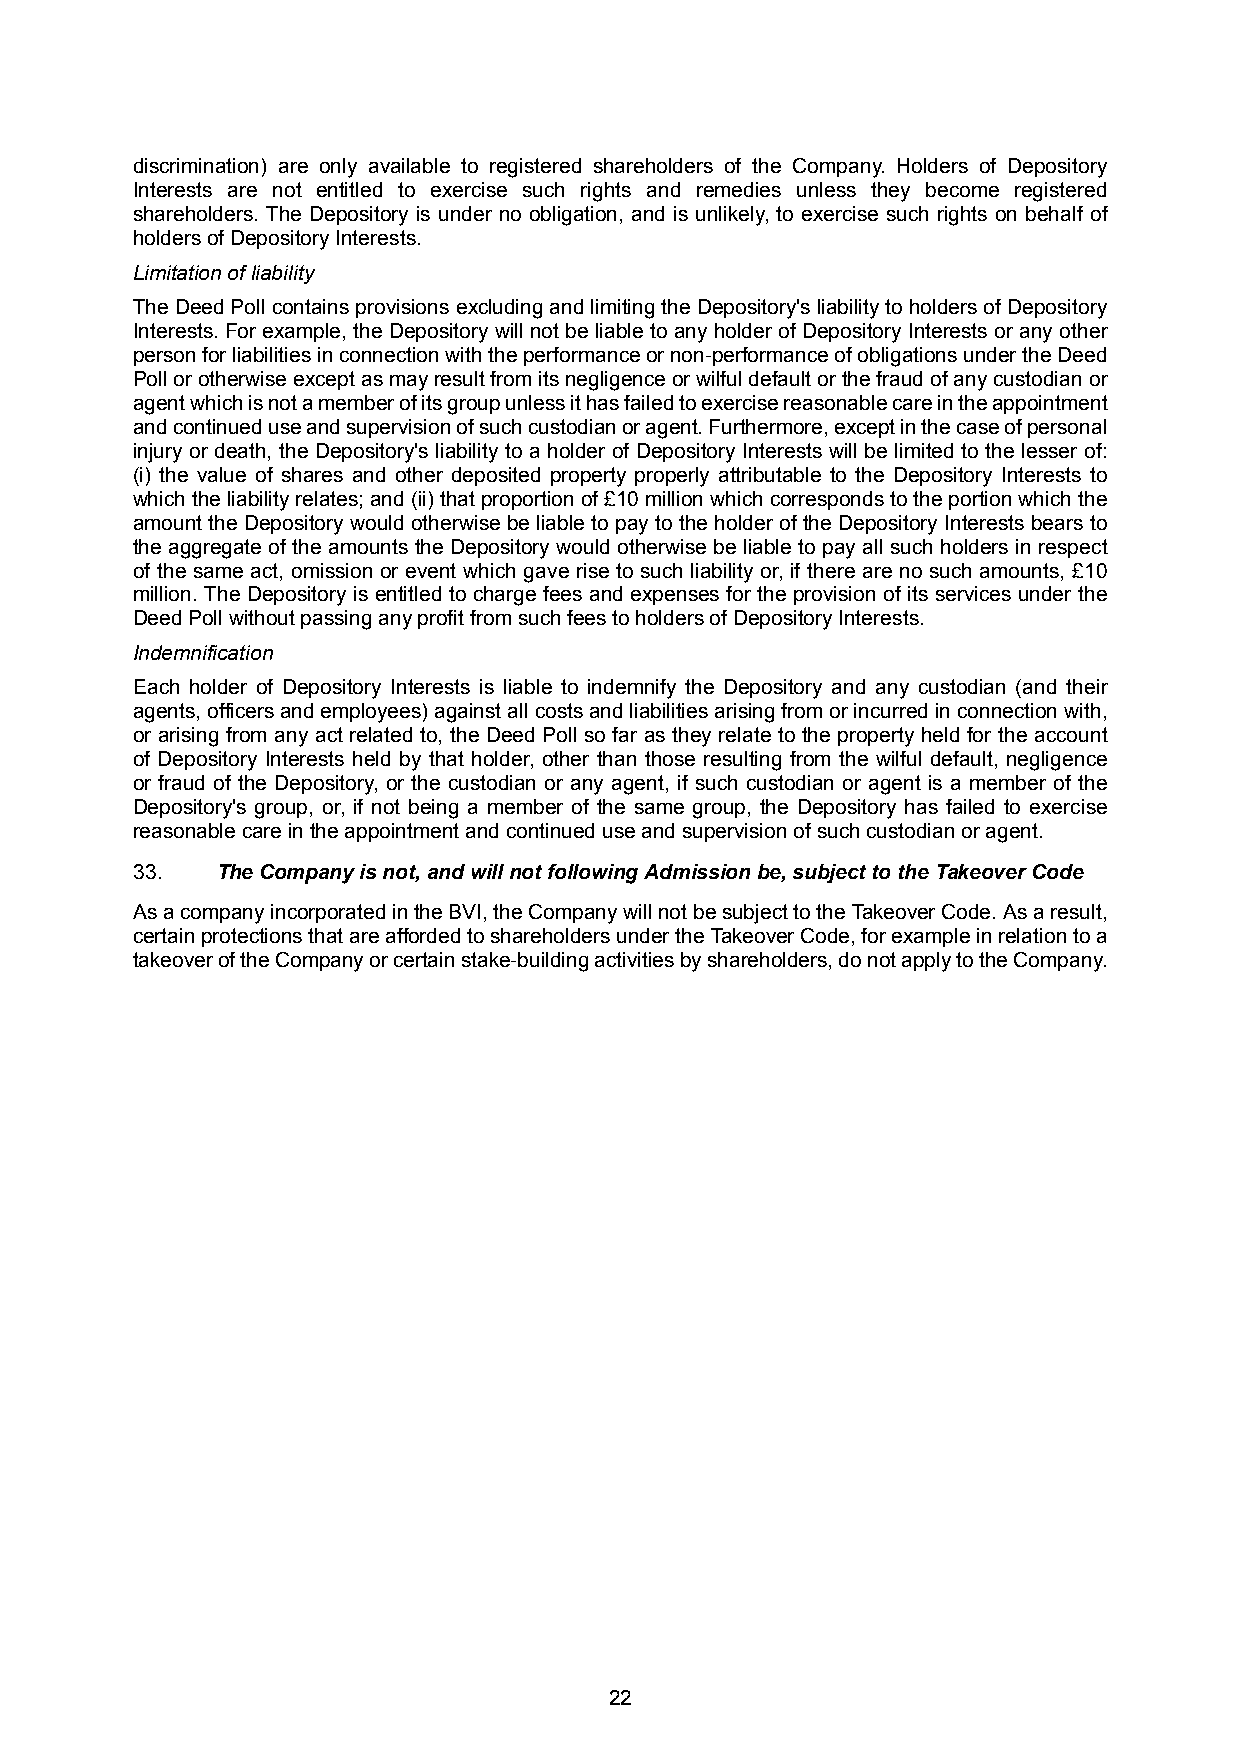
discrimination) are only available to registered shareholders of the Company. Holders of Depository
 Interests are not entitled to exercise such rights and remedies unless they become registered
 shareholders. The Depository is under no obligation, and is unlikely, to exercise such rights on behalf of
 holders of Depository Interests.
 Limitation of liability
 TheDeedPollcontainsprovisionsexcludingandlimitingtheDepository'sliabilitytoholdersofDepository
 Interests. For example, the Depository will not be liable to any holder of Depository Interests or any other
 personforliabilitiesinconnectionwiththeperformanceornon-performanceofobligationsundertheDeed
 Pollorotherwiseexceptasmayresultfromitsnegligenceorwilfuldefaultorthefraudofanycustodianor
 agentwhichisnotamemberofitsgroupunlessithasfailedtoexercisereasonablecareintheappointment
 andcontinueduseandsupervisionofsuchcustodianoragent.Furthermore,exceptinthecaseofpersonal
 injury or death, the Depository's liability to a holder of Depository Interests will be limited to the lesser of:
 (i) the value of shares and other deposited property properly attributable to the Depository Interests to
 whichtheliabilityrelates;and(ii)thatproportionof£10millionwhichcorrespondstotheportionwhichthe
 amount the Depository would otherwise be liable to pay to the holder of the Depository Interests bears to
 the aggregate of the amounts the Depository would otherwise be liable to pay all such holders in respect
 of the same act, omission or event which gave rise to such liability or, if there are no such amounts, £10
 million. The Depository is entitled to charge fees and expenses for the provision of its services under the
 Deed Poll without passing any profit from such fees to holders of Depository Interests.
 Indemnification
 Each holder of Depository Interests is liable to indemnify the Depository and any custodian (and their
 agents,officersandemployees)againstallcostsandliabilitiesarisingfromorincurredinconnectionwith,
 or arising from any act related to, the Deed Poll so far as they relate to the property held for the account
 of Depository Interests held by that holder, other than those resulting from the wilful default, negligence
 or fraud of the Depository, or the custodian or any agent, if such custodian or agent is a member of the
 Depository's group, or, if not being a member of the same group, the Depository has failed to exercise
 reasonable care in the appointment and continued use and supervision of such custodian or agent.
 33.  The Company is not, and will not following Admission be, subject to the Takeover Code
 AsacompanyincorporatedintheBVI,theCompanywillnotbesubjecttotheTakeoverCode.Asaresult,
 certainprotectionsthatareaffordedtoshareholdersundertheTakeoverCode,forexampleinrelationtoa
 takeoveroftheCompanyorcertainstake-buildingactivitiesbyshareholders,donotapplytotheCompany.
 22